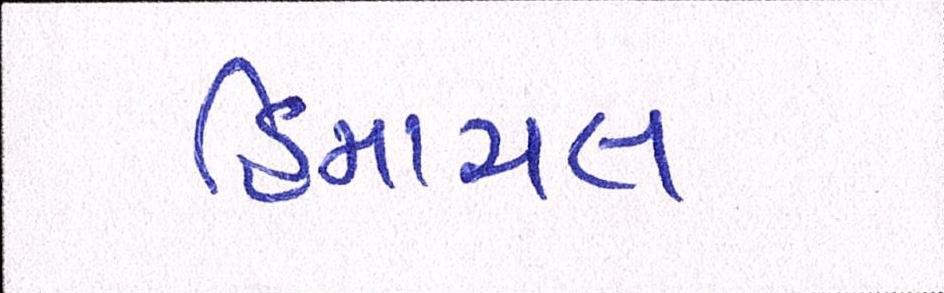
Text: હિમાચલ